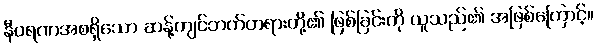
နီဝရဏအစရှိသော ဆန့်ကျင်ဘက်တရားတို့၏ ဖြစ်ခြင်းကို ယူသည်၏ အဖြစ်ကြောင့်။